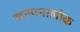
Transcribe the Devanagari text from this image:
कल्पनालोक